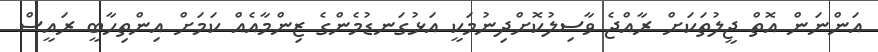
އަންނަން އޮތް ޖީލުތަކަށް ރާއްޖެ ވާސިލުކޮށްދިނުމަކީ އަޅުގަނޑުމެންގެ ޒިންމާއެއް ކަމަށް އިންތިހާބީ ރައީސް